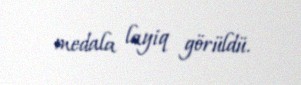
medala layiq görüldü.